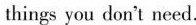
things you don't need.